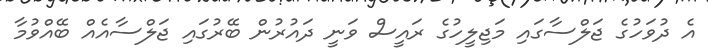
އެ ދުވަހުގެ ޖަލްސާގައި މަޖިލީހުގެ ރައީސް ވަނީ ދައުރުން ބޭރުގައި ޖަލްސާއެއް ބޭއްވުމާ